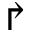
\Rsh